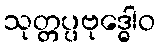
သုတ္တပ္ပဗုဒ္ဓေါဝ